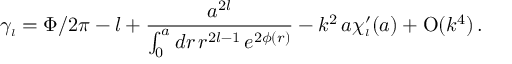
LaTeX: \gamma _ { \scriptscriptstyle { l } } = \Phi / 2 \pi - l + \frac { a ^ { 2 l } } { \int _ { 0 } ^ { a } d r \, r ^ { 2 l - 1 } \, e ^ { 2 \phi ( r ) } } - k ^ { 2 } \, a \chi _ { \scriptscriptstyle { l } } ^ { \prime } ( a ) + \mathrm { O } ( k ^ { 4 } ) \, .